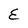
Character: E